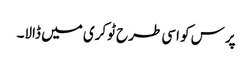
پرس کو اسی طرح ٹوکری میں ڈالا۔